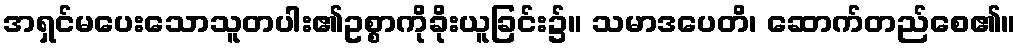
အရှင်မပေးသောသူတပါး၏ဥစ္စာကိုခိုးယူခြင်း၌။ သမာဒပေတိ၊ ဆောက်တည်စေ၏။